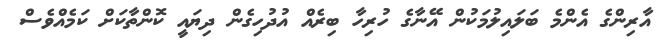
އާރިންގެ އެންމެ ބަލައިލުމަކުން އޭނާގެ ހުރިހާ ބިރެއް އުދުހިގެން ދިޔައީ ކޮންތާކަށް ކަމެއްވެސް